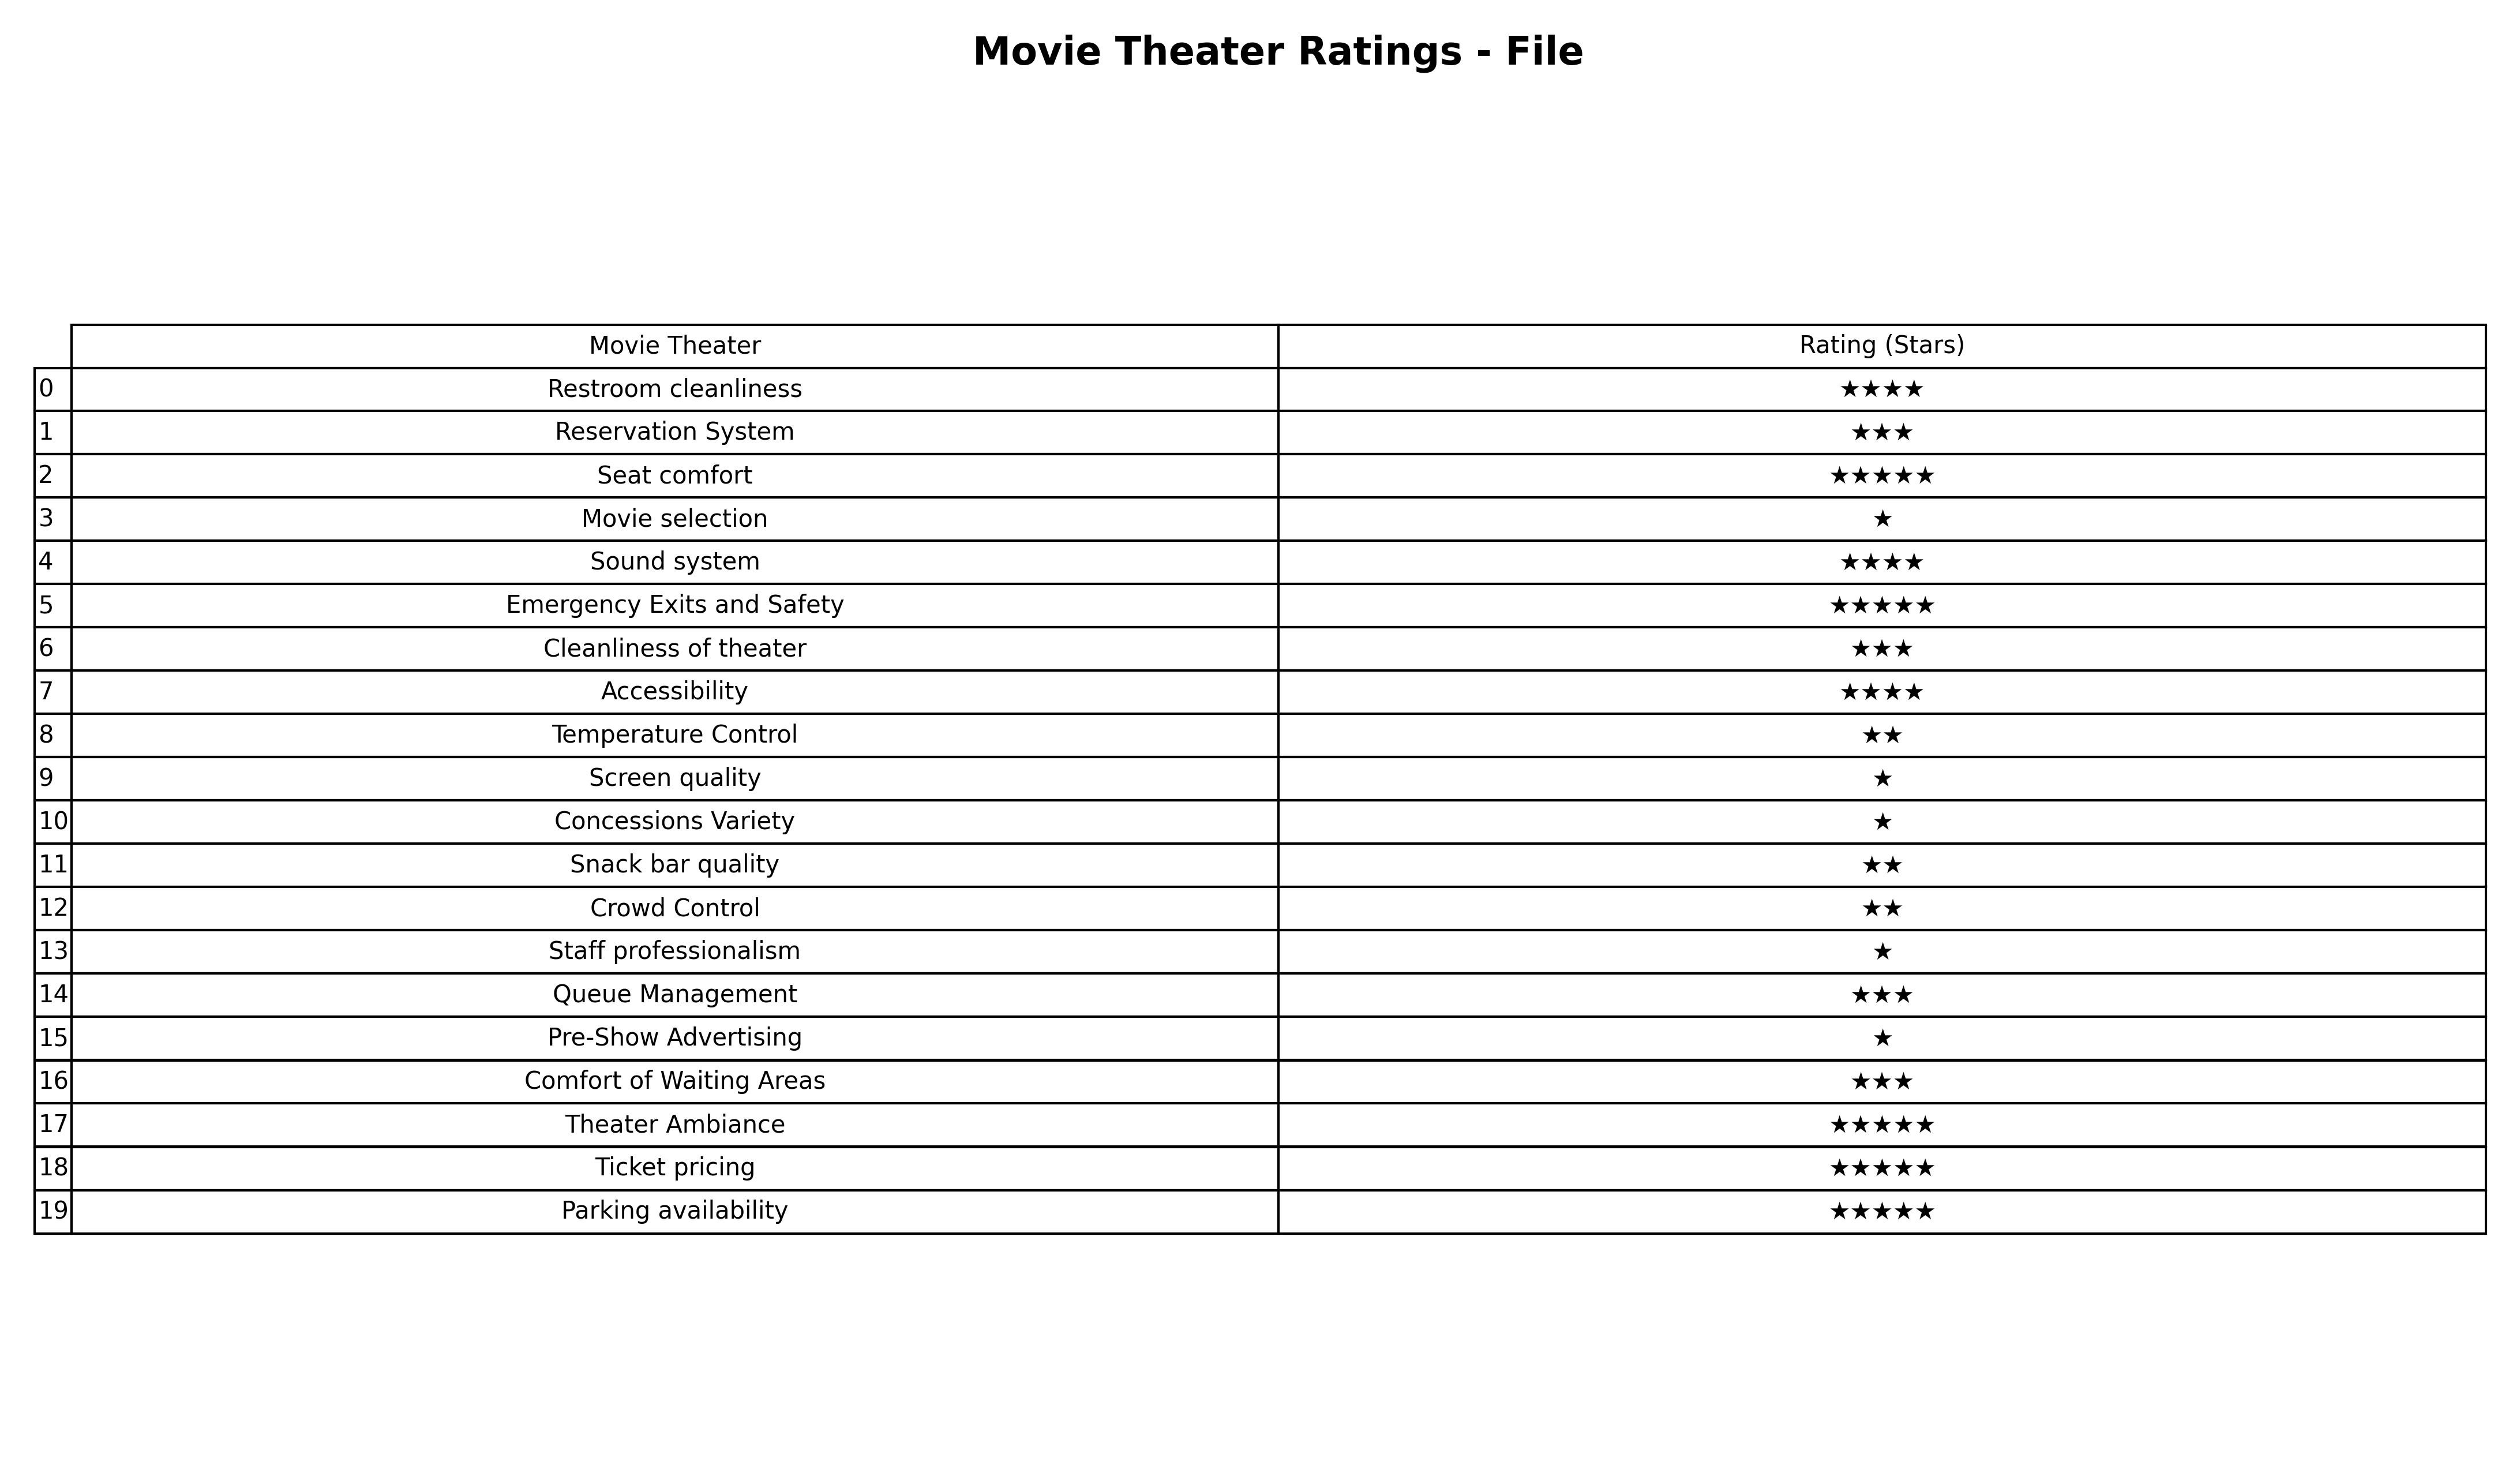
question: Which services are rated average?
answer: Reservation SystemCleanliness of theaterQueue ManagementComfort of Waiting Areas